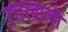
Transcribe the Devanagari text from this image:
उत्तरवालों